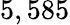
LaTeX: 5,585